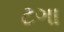
ટગા